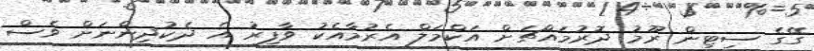
ގޭގެ ސިޓިން ރޫމު ދޮރުމައްޗަށް އަކްމަލް އެރުމާއެކު ވާފިރު އެ ދެކުދިންނަށް ވެސް